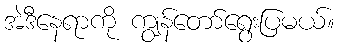
အဲဒီနေရာကို ကျွန်တော်ရွေးပြမယ်။